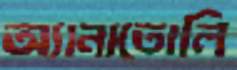
অ্যানাতোলি